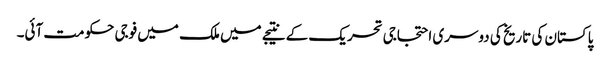
پاکستان کی تاریخ کی دوسری احتجاجی تحریک کے نتیجے میں ملک میں فوجی حکومت آئی۔